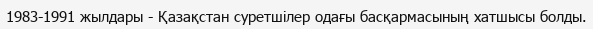
1983-1991 жылдары - Қазақстан суретшілер одағы басқармасының хатшысы болды.